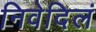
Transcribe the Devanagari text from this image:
निवेदिलं